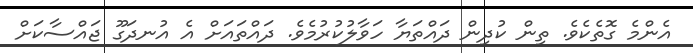
އެންމެ ގޮތެކެވެ. ތިން ކުދިން ދައްތަޔާ ހަވާލުކުރުމެވެ. ދައްތައަށް އެ އުނދަގޫ ޖައްސާކަށް